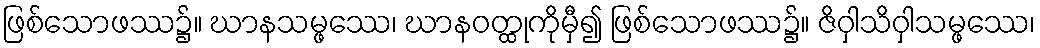
ဖြစ်သောဖဿ၌။ ဃာနသမ္ဖဿေ၊ ဃာနဝတ္ထုကိုမှီ၍ ဖြစ်သောဖဿ၌။ ဇိဝှါသိဝှါသမ္ဖဿေ၊